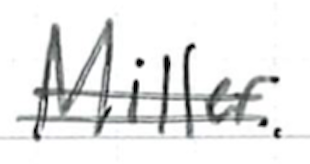
Text: Miller.
Cross-out: double-line
Writing tool: ballpoint